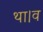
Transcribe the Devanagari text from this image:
था।व